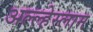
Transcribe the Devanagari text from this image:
अल्ल्हेस्लाम